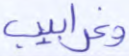
وغرابيب